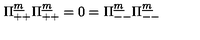
\Pi _ { + + } ^ { \underline { m } } \Pi _ { + + } ^ { \underline { m } } = 0 = \Pi _ { -- } ^ { \underline { m } } \Pi _ { -- } ^ { \underline { m } }